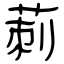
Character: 莿